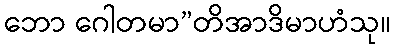
ဘော ဂေါတမာ”တိအာဒိမာဟံသု။